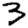
Digit: 3